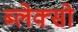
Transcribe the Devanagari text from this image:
ब्लेक्सो